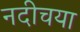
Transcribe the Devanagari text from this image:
नदीचया